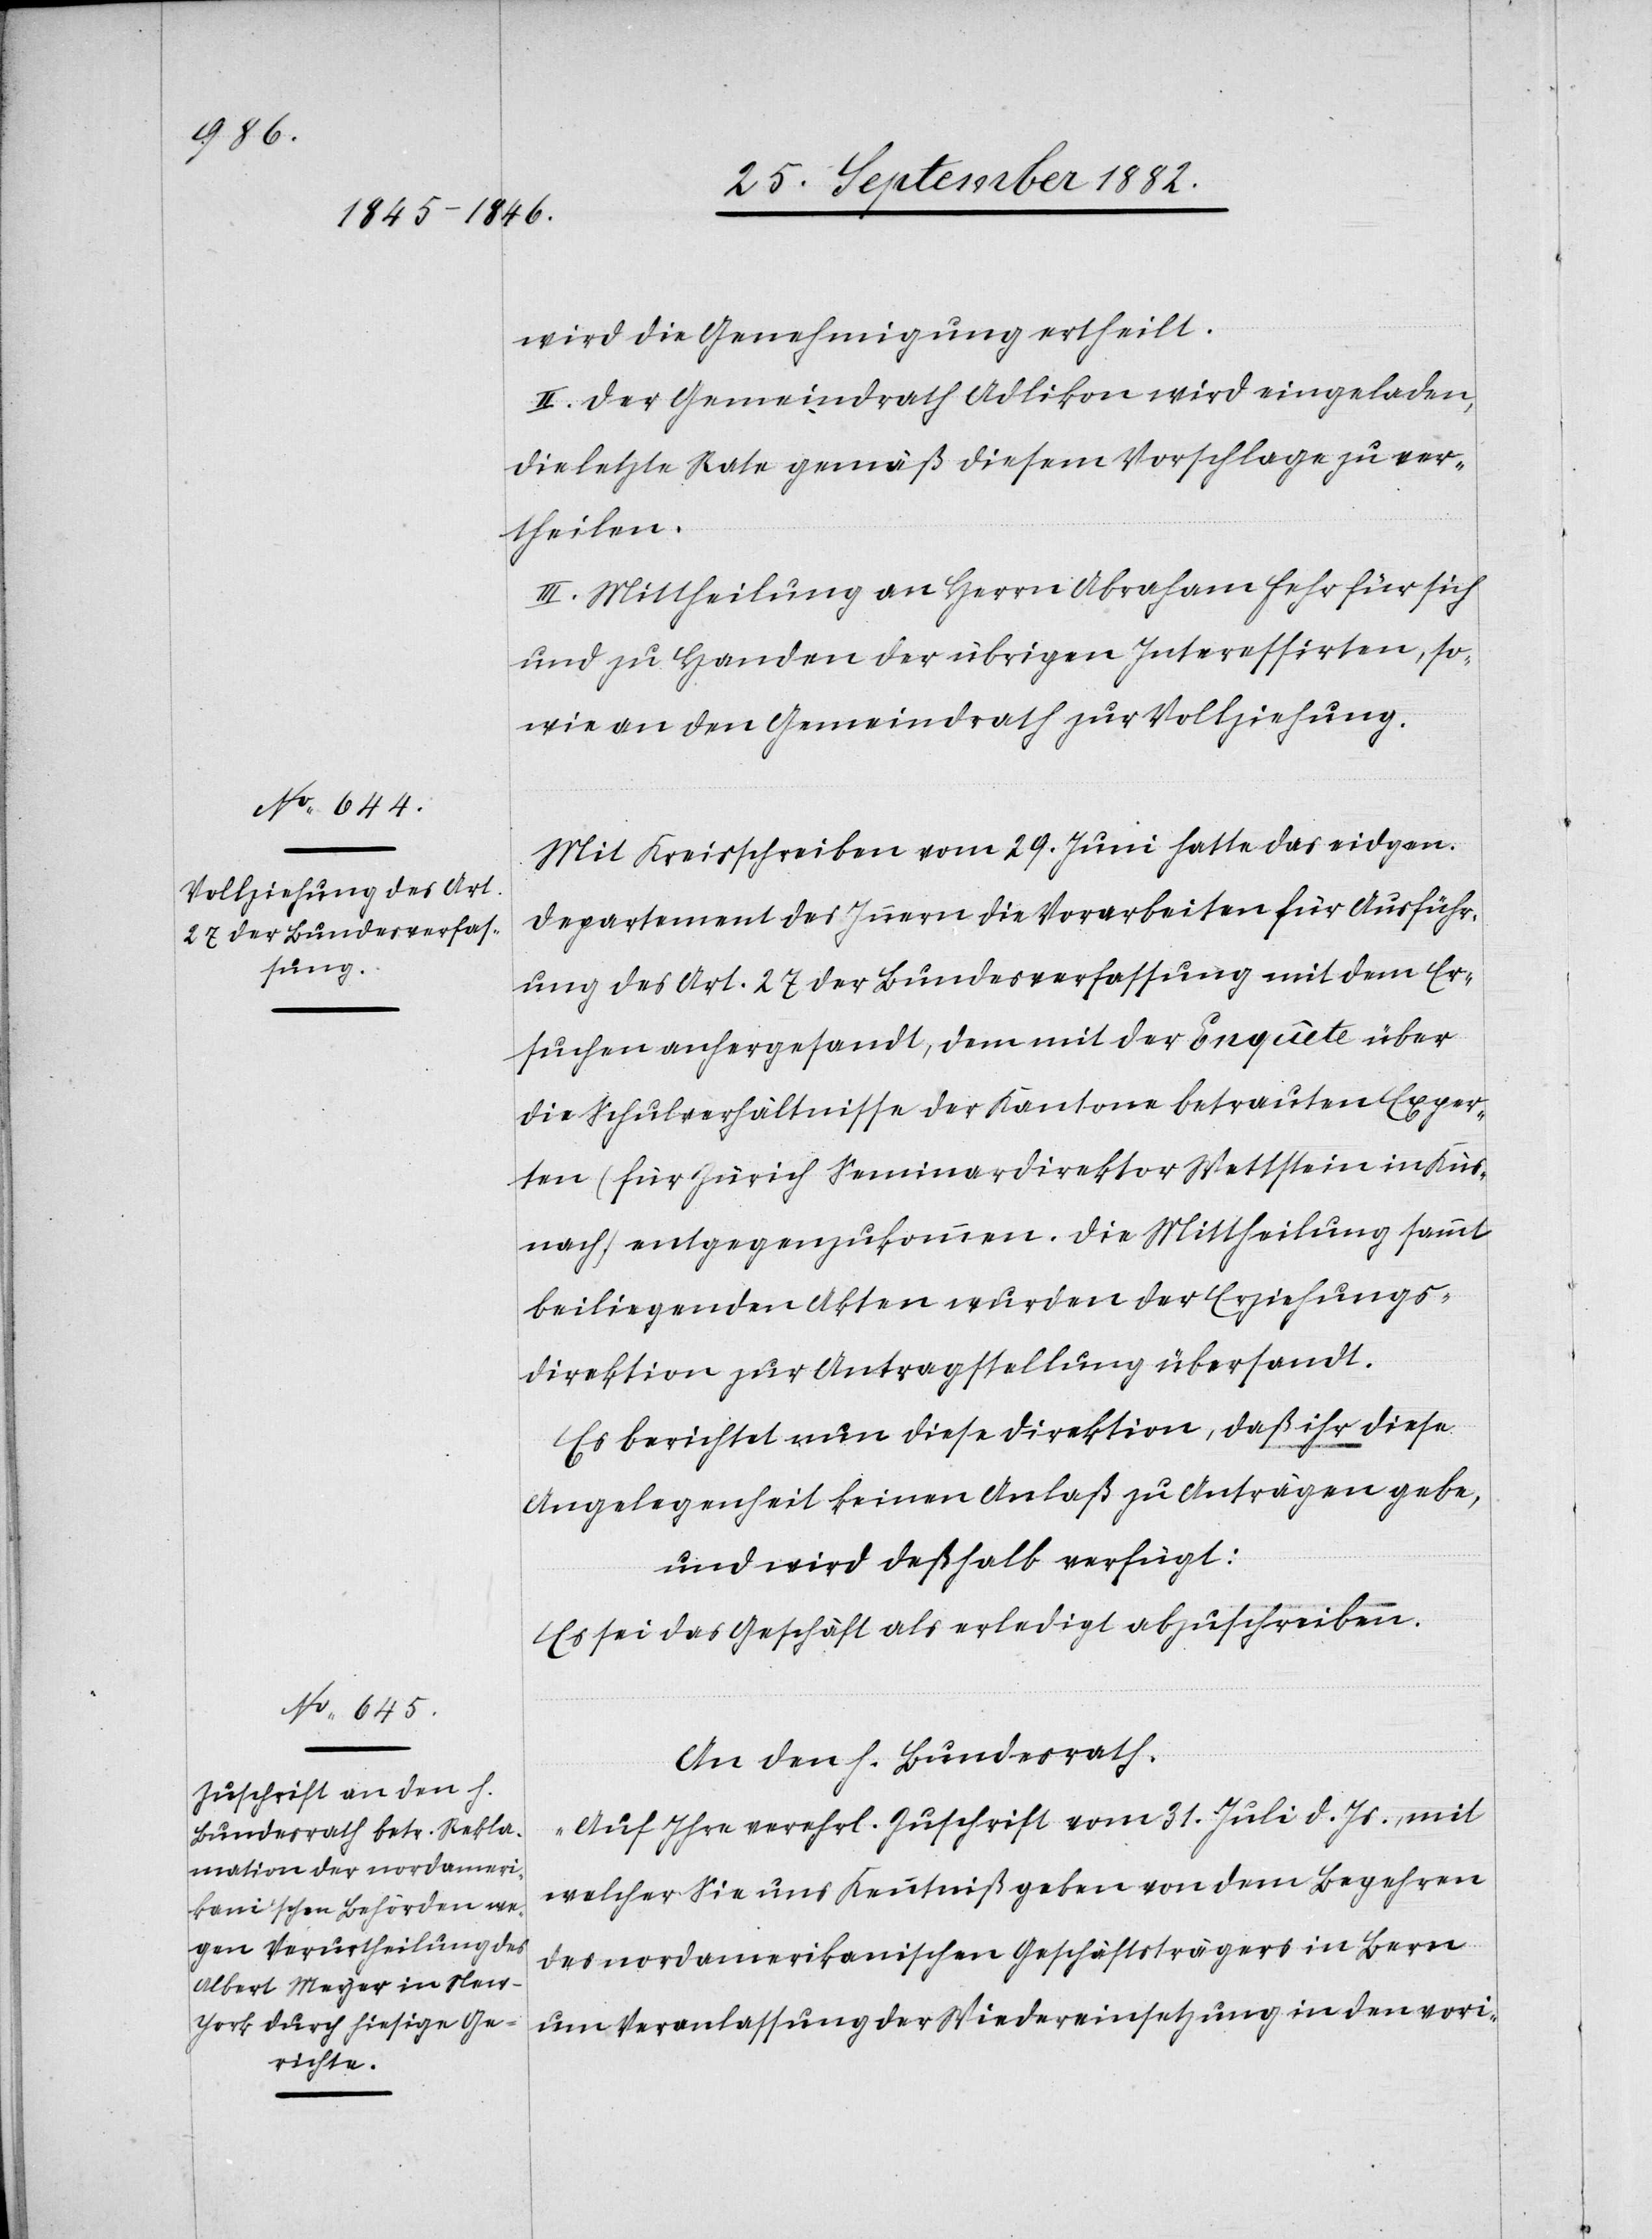
5. October 1882.]
wird die Genehmigung ertheilt.
II. Der Gemeindrath Adlikon wird eingeladen,
die letzte Rate gemäß diesem Vorschlage zu ver¬
theilen.
III. Mittheilung an Herrn Abraham Fehr für sich
und zu Handen der übrigen Interessirten, so¬
wie an den Gemeindrath zur Vollziehung.
Mit Kreisschreiben vom 29. Juni hatte das eidgen.
Departement des Innern die Vorarbeiten für Ausführ¬
ung des Art. 2 der Bundesverfassung mit dem Er¬
suchen anhergesandt, dem mit der Enquête über
die Schulverhältnisse der Kantone betrauten Exper¬
ten (für Zürich Seminardirektor Wettstein in Küs¬
nacht) entgegenzukommen. Die Mittheilung sammt
beiliegenden Akten wurden der Erziehungs¬
direktion zur Antragstellung übersandt.
Es berichtet nun diese Direktion, daß ihr diese
Angelegenheit keinen Anlaß zu Anträgen gebe,
und wird deßhalb verfügt:
Es sei das Geschäft als erledigt abzuschreiben.
An den Bundesrath.
„Auf Ihre verehrl. Zuschrift vom 31. Juli d. Js., mit
welcher Sie uns Kenntniß geben von dem Begehren
des nordamerikanischen Geschäftsträgers in Bern
um Veranlassung der Wiedereinsetzung in dem vori-